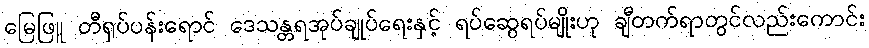
မြေဖြူ တီရှပ်ပန်းရောင် ဒေသန္တရအုပ်ချုပ်ရေးနှင့် ရပ်ဆွေရပ်မျိုးဟု ချီတက်ရာတွင်လည်းကောင်း